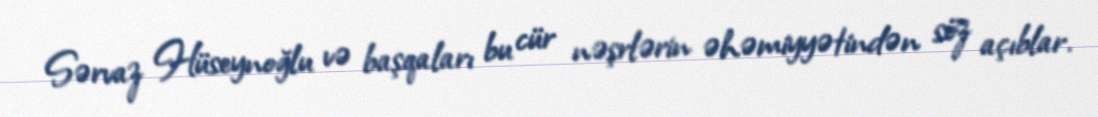
Sərvaz Hüseynoğlu və başqaları bu cür nəşrlərin əhəmiyyətindən söz açıblar.